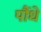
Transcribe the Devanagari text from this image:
पौंधे